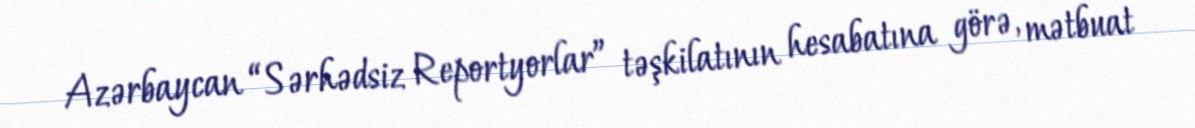
Azərbaycan “Sərhədsiz Reportyorlar” təşkilatının hesabatına görə, mətbuat